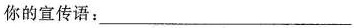
你的宣传语：___